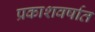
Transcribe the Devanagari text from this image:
प्रकाशवर्षात